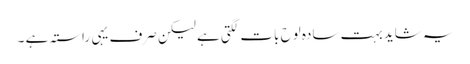
یہ شاید بہت سادہ لوح بات لگتی ہے لیکن صرف یہی راستہ ہے ۔